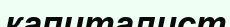
капиталист